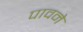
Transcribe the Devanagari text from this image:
पावने